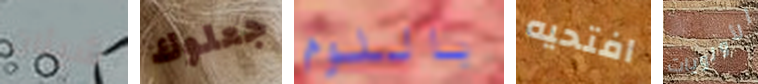
شيئان جعلوك باللوم افتحيه الأولويات